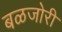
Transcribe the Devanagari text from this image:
बळजोरी